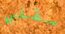
سفلي